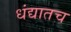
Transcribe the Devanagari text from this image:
धंद्यातच